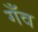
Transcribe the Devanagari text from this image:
गँव